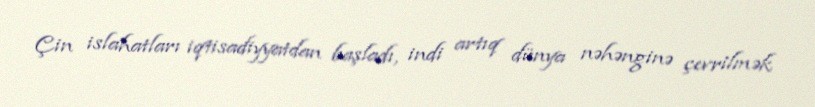
Çin islahatları iqtisadiyyatdan başladı, indi artıq dünya nəhənginə çevrilmək